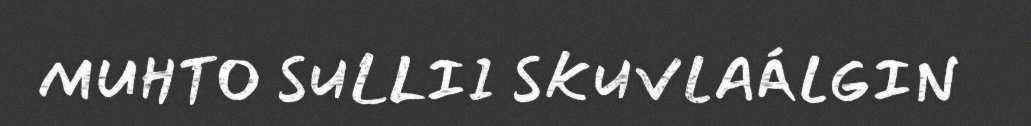
MUHTO SULLII SKUVLAÁLGIN